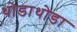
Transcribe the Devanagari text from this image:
थोडाथोडा